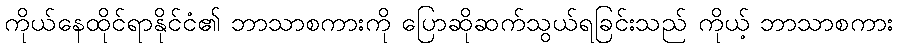
ကိုယ်နေထိုင်ရာနိုင်ငံ၏ ဘာသာစကားကို ပြောဆိုဆက်သွယ်ရခြင်းသည် ကိုယ့် ဘာသာစကား